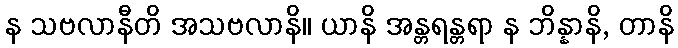
န သဗလာနီတိ အသဗလာနိ။ ယာနိ အန္တရန္တရာ န ဘိန္နာနိ, တာနိ